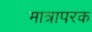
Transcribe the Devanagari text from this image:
मात्रापरक